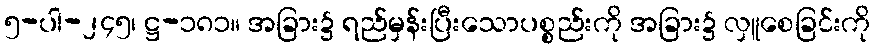
၅-ပါ-၂၄၅၊ ဋ္ဌ-၁၈၁။ အခြား၌ ရည်မှန်းပြီးသောပစ္စည်းကို အခြား၌ လှူစေခြင်းကို